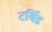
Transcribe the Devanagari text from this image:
टर्बिड